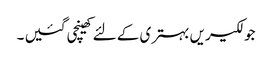
جو لکیریں بہتری کے لئے کھینچی گئیں ۔